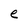
Character: e